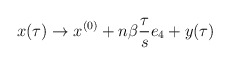
\begin{align*}x(\tau) \rightarrow x^{(0)} + n \beta \frac{\tau}{s} e_{4} + y(\tau) \end{align*}